Problem: 2 × 8 = ?
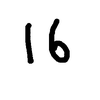
Handwritten answer: 16